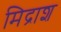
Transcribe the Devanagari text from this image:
मिद्राश